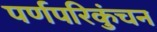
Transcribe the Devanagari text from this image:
पर्णपरिकुंचन